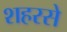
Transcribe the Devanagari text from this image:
शहरसे